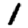
Digit: 1